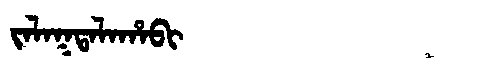
Manchu: ᠵᠠᠯᠠᡴᡨᠠᠯᠠᡥᠠᠪᡳ
Romanization: JALAKTALAHABI